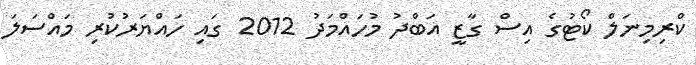
ކްރިމިނަލް ކޯޓުގެ އިސް ގާޒީ އަބްދު މުހައްމަދު 2012 ގައި ހައްޔަރުކުރި މައްސަލަ